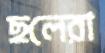
ছলেরা